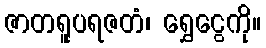
ဇာတရူပရဇတံ၊ ရွှေငွေကို။